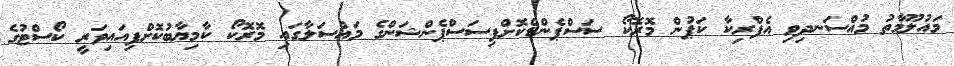
މައުލޫމާތު މުއްސަނދިވި އެފްރިކާ ކަޕުން މޮރޮކޯ ސަސްޕެންޑްކޮށްފިސަސްޕެންޝަންގެ މައްސަލާގައި މޮރޮކޯ ކާމިޔާބުކޮށްފިއައިވަރީ ކޯސްޓުގެ